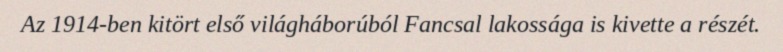
Az 1914-ben kitört első világháborúból Fancsal lakossága is kivette a részét.